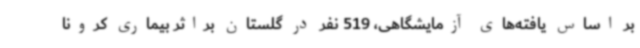
بر اساس یافته‌های آزمایشگاهی، 519 نفر در گلستان براثر بیماری کرونا